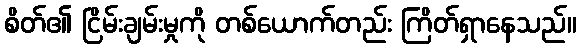
စိတ်၏ ငြိမ်းချမ်းမှုကို တစ်ယောက်တည်း ကြိတ်ရှာနေသည်။